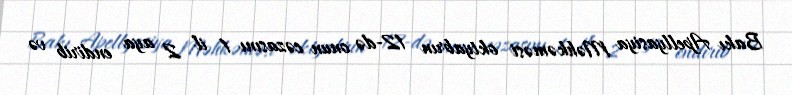
Bakı Apellyasiya Məhkəməsi oktyabrın 12-də onun cəzasını 1 il 2 aya endirib və